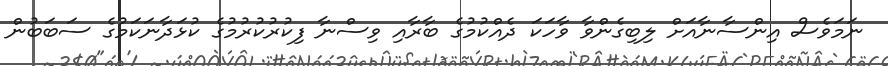
ނަމަވެސް އިންސާނާއަށް ލިބިގެންވާ ވާހަކަ ދެއްކުމުގެ ބާރާއި ވިސްނާ ފިކުރުކުރުމުގެ ކުޅަދާނަކަމުގެ ސަބަބުން